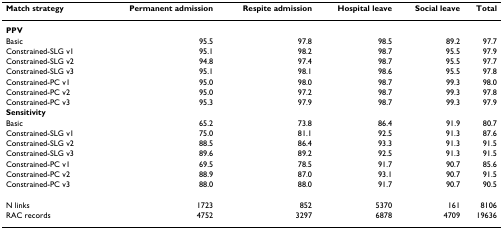
<table><thead><tr><td><b>Match strategy</b></td><td><b>Permanent admission</b></td><td><b>Respite admission</b></td><td><b>Hospital leave</b></td><td><b>Social leave</b></td><td><b>Total</b></td></tr></thead><tbody><tr><td><b>PPV</b></td><td></td><td></td><td></td><td></td><td></td></tr><tr><td>Basic</td><td>95.5</td><td>97.8</td><td>98.5</td><td>89.2</td><td>97.7</td></tr><tr><td>Constrained-SLG v1</td><td>95.1</td><td>98.2</td><td>98.7</td><td>95.5</td><td>97.9</td></tr><tr><td>Constrained-SLG v2</td><td>94.8</td><td>97.4</td><td>98.7</td><td>95.5</td><td>97.7</td></tr><tr><td>Constrained-SLG v3</td><td>95.1</td><td>98.1</td><td>98.6</td><td>95.5</td><td>97.8</td></tr><tr><td>Constrained-PC v1</td><td>95.0</td><td>98.0</td><td>98.7</td><td>99.3</td><td>98.0</td></tr><tr><td>Constrained-PC v2</td><td>95.0</td><td>97.2</td><td>98.7</td><td>99.3</td><td>97.8</td></tr><tr><td>Constrained-PC v3</td><td>95.3</td><td>97.9</td><td>98.7</td><td>99.3</td><td>97.9</td></tr><tr><td><b>Sensitivity</b></td><td></td><td></td><td></td><td></td><td></td></tr><tr><td>Basic</td><td>65.2</td><td>73.8</td><td>86.4</td><td>91.9</td><td>80.7</td></tr><tr><td>Constrained-SLG v1</td><td>75.0</td><td>81.1</td><td>92.5</td><td>91.3</td><td>87.6</td></tr><tr><td>Constrained-SLG v2</td><td>88.5</td><td>86.4</td><td>93.3</td><td>91.3</td><td>91.5</td></tr><tr><td>Constrained-SLG v3</td><td>89.6</td><td>89.2</td><td>92.5</td><td>91.3</td><td>91.5</td></tr><tr><td>Constrained-PC v1</td><td>69.5</td><td>78.5</td><td>91.7</td><td>90.7</td><td>85.6</td></tr><tr><td>Constrained-PC v2</td><td>88.9</td><td>87.0</td><td>93.1</td><td>90.7</td><td>91.5</td></tr><tr><td>Constrained-PC v3</td><td>88.0</td><td>88.0</td><td>91.7</td><td>90.7</td><td>90.5</td></tr><tr><td>N links</td><td>1723</td><td>852</td><td>5370</td><td>161</td><td>8106</td></tr><tr><td>RAC records</td><td>4752</td><td>3297</td><td>6878</td><td>4709</td><td>19636</td></tr></tbody></table>